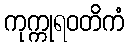
ကုက္ကုရဝတိကံ